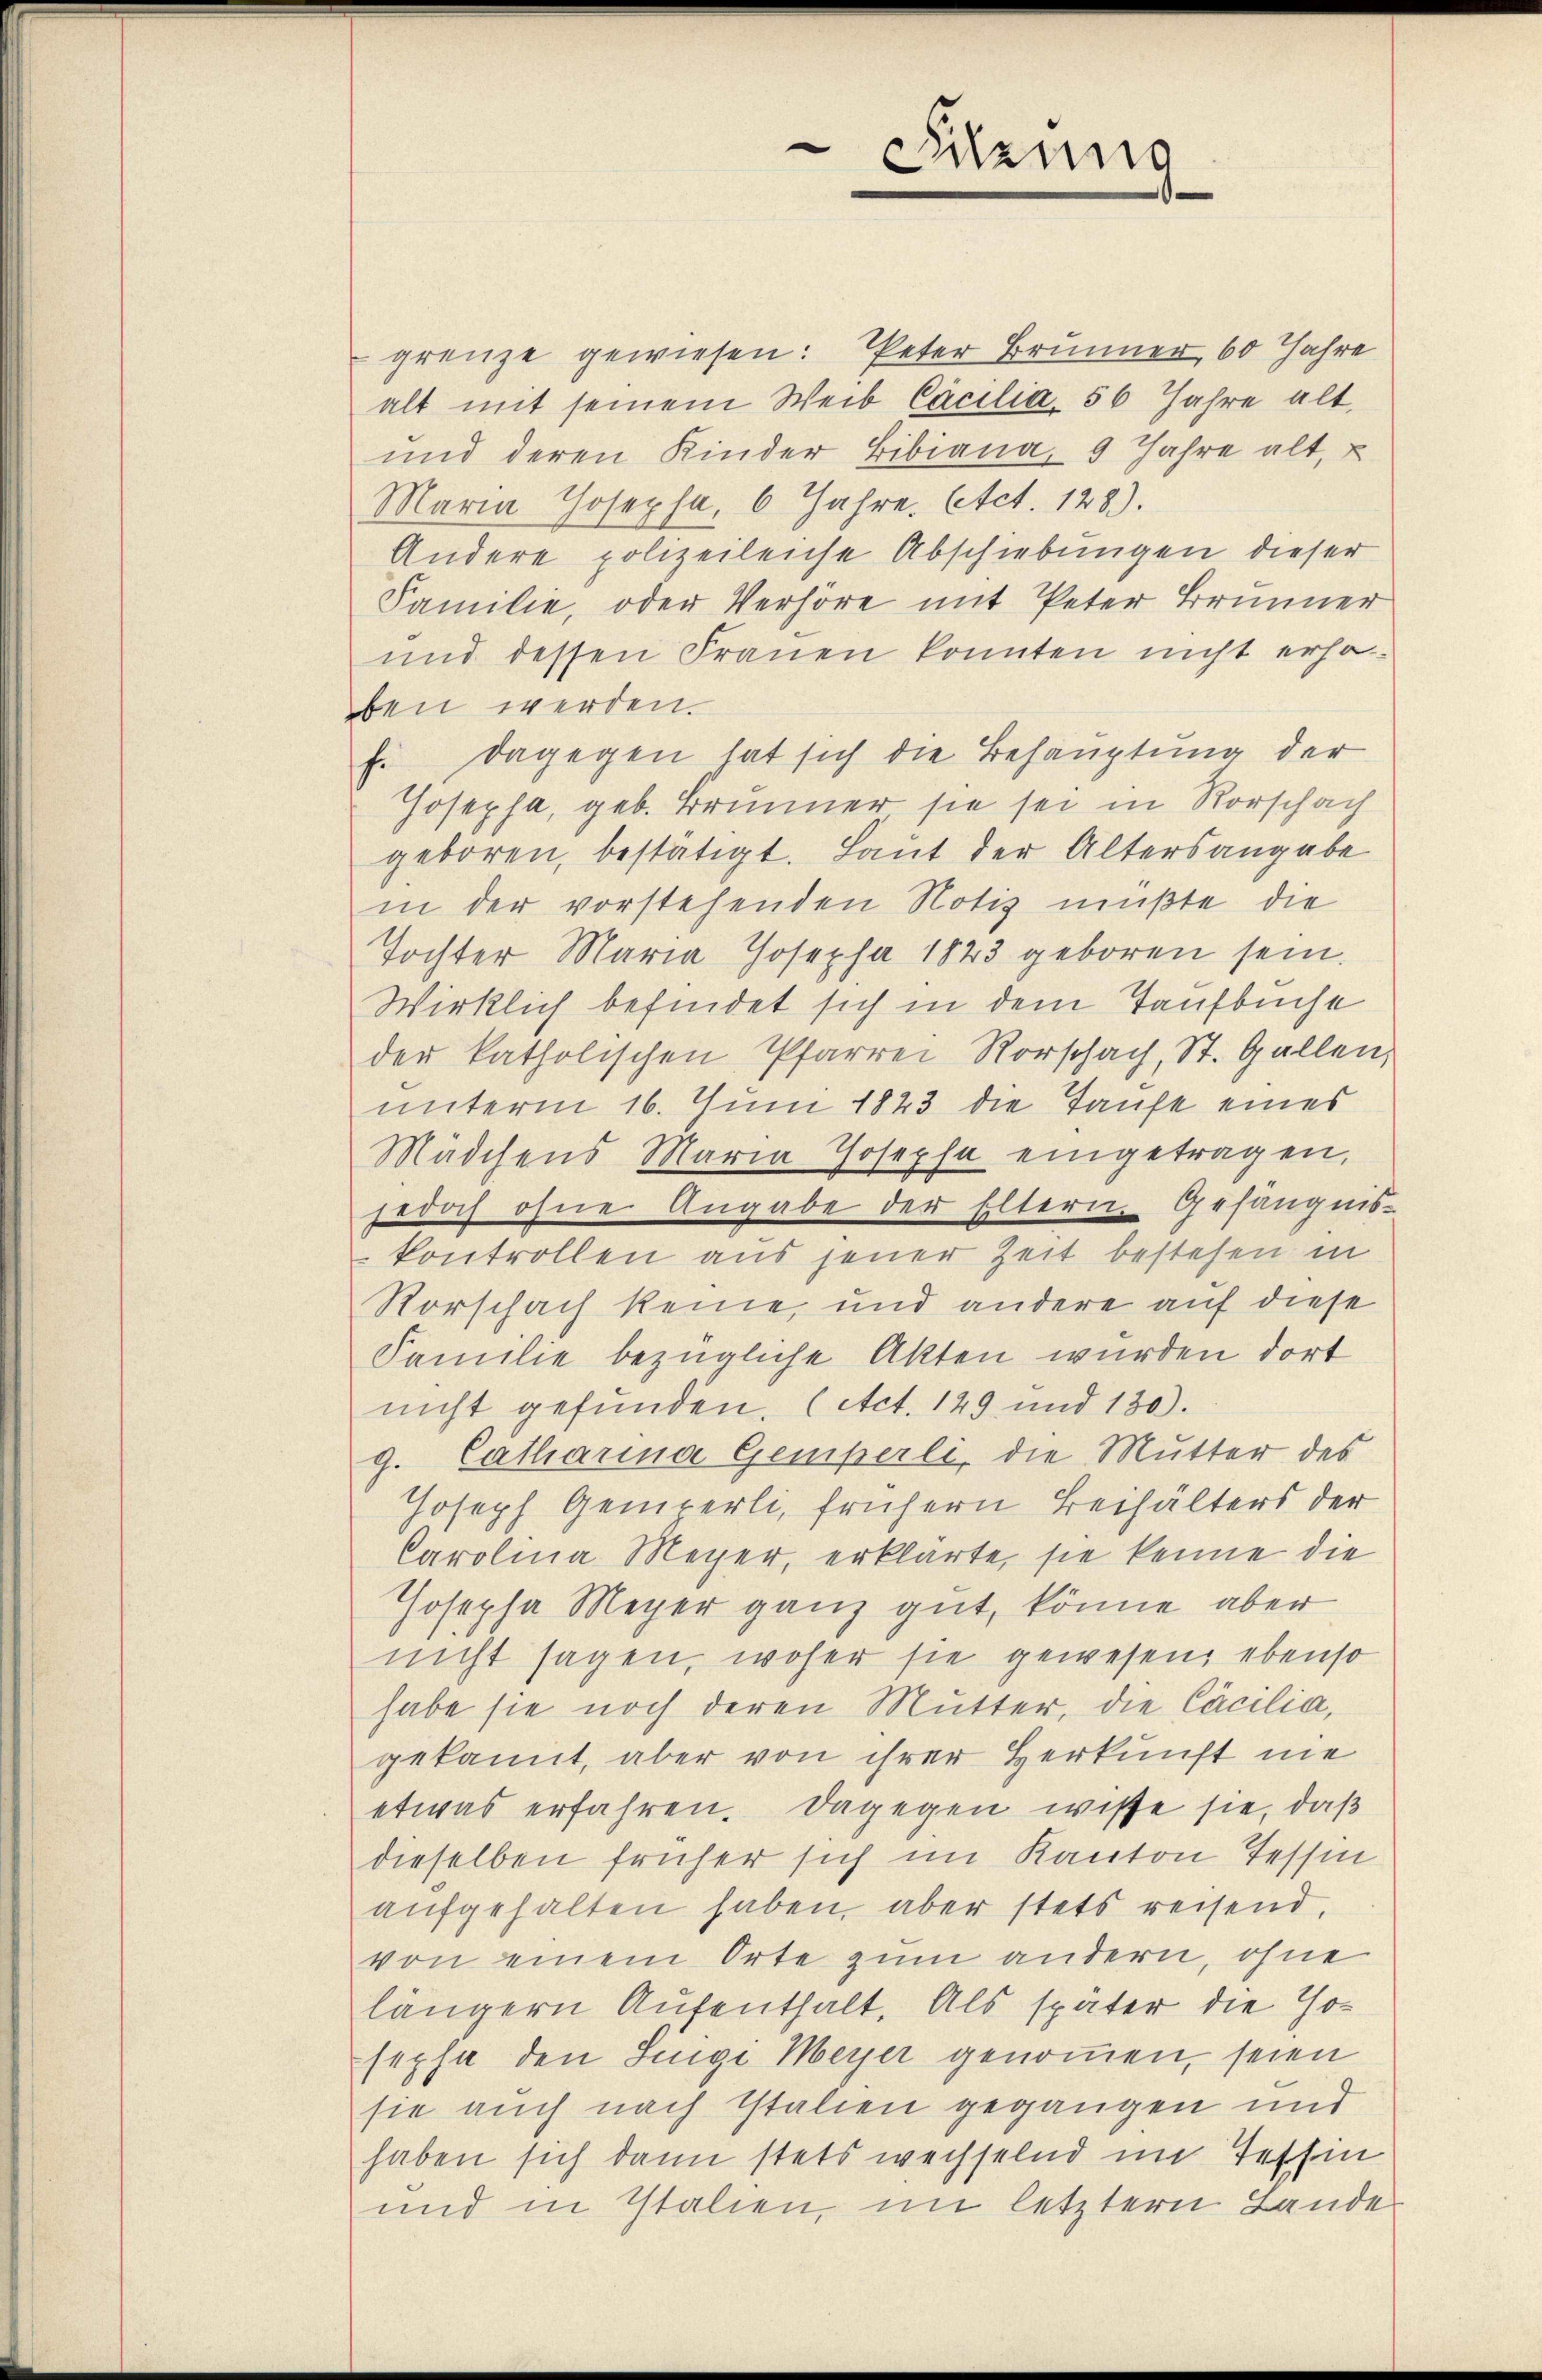
e
drung

grenze gewiesen: Peter Brunner 60 Jahre
alt mit seinem Weib Cacilia, 56 Jahre alt,
und deren Kinder Bibiana, 9 Jahre alt, u
Maria Josepha, 6 Jahre. Act. 128).
Andere polizeileiche Abschiebungen dieser
Familie, oder Verhöre mit Peter Brunner
und dessen Frauen konnten nicht erhoben werden.
f. Dagegen hat sich die Behauptung der
Josepha, geb. Brunner sie sei in Rorschach
geboren, bestätigt. Laut der Altersangabe
in der vorstehenden Notiz mußte die
Tochter Maria Josepha 1823 geboren sein.
Wirklich befindet sich in dem Taufbuche
der katholischen Pfarrer Rorschach, St. Gallen,
unterm 16. Juni 1823 die Taufe eines
Mädchens Maria Josepha eingetragen,
jedoch ohne Angabe der Eltern Gefängnis-
kontrollen aus jener Zeit bestehen in
Rorschach keine, und andere auf diese
Familie bezügliche Akten wurden dort
nicht gefunden. (Act. 129 und 130).
g. Catharina Gemperli, die Mutter des
Joseph Generli, frühern Beihälters der
Carolina Meyer, erklärte, sie kenne die
Josepha Meyer ganz gut, könne aber
nicht sagen, woher sie gewesen, ebenso
habe sie noch deren Mutter, die Cocilia,
gekannt, aber von ihrer Herkunft nie
etwas erfahren. Dagegen wisse sie, daß
dieselben früher sich im Kanton Tessin
aufgehalten haben, aber stets reisend,
von einem Orte zum andern, ohne
längern Aufenthalt. Als später die Hosepha den Singi Meyer genommen, seien
sie auch nach Italien gegangen und
haben sich dann stets wechselnd im Tessin
und in Italien, im letztern Lande